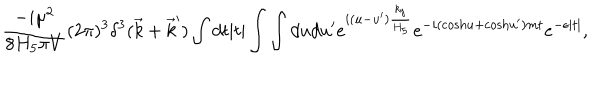
LaTeX: { \frac { - i \mu ^ { 2 } } { 8 H _ { 5 } \pi V } } ( 2 \pi ) ^ { 3 } \delta ^ { 3 } ( \vec { k } + \vec { k } ^ { \prime } ) \int d t | t | \int \int d u d u ^ { \prime } e ^ { i ( u - u ^ { \prime } ) { \frac { k _ { y } } { H _ { 5 } } } } e ^ { - i ( \mathrm { c o s h } u + \mathrm { c o s h } u ^ { \prime } ) m t } e ^ { - \epsilon | t | } ,